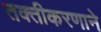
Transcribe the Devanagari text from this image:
तक्तीकरणाने